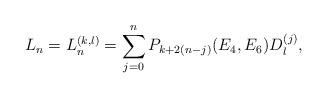
LaTeX: \begin{align*} L_n = L_n^{(k,l)} = \sum_{j = 0}^n P_{k + 2(n-j)}(E_4,E_6)D_l^{(j)},\end{align*}